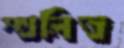
স্খলিত